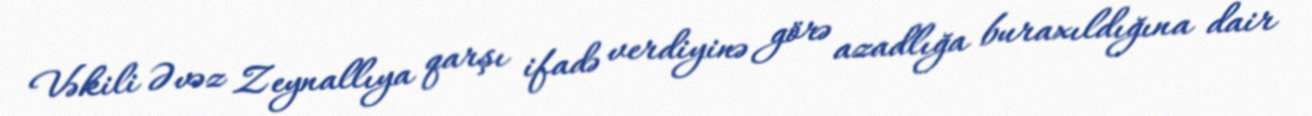
Vəkili Əvəz Zeynallıya qarşı ifadə verdiyinə görə azadlığa buraxıldığına dair